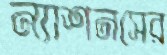
ন্যাশনসের